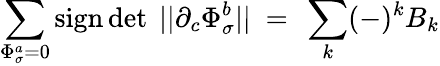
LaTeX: \sum_{\Phi_{\sigma}^{a}=0}\mathrm{sign}\operatorname*{det}\ ||\partial_{c}\Phi_{\sigma}^{b}||~=~\sum_{k}(-)^{k}B_{k}